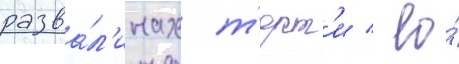
разва́л'инах т'ерт'и / ео́